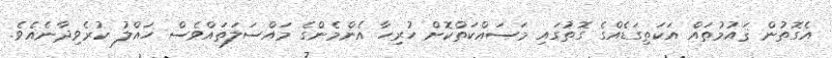
އެގޮތުން ޤައުމުތައް އަކަތިގަޑެއްގެ ގޮތުގައި މަސައްކަތްކޮށް ހުރިހާ އެންމެންގެ މައްސަލަތައްވެސް ހައްލު ކުރެވިދާނެއެވެ.